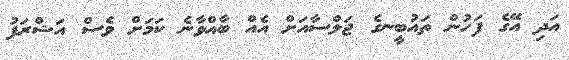
އަދި އޭގެ ފަހުން ތައުބީނގެ ޖަލްސާއަށް އެއް ބާއްވާނެ ކަަމަށް ވެސް އަޝްރަފު